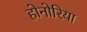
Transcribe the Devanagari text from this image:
होनोरिया